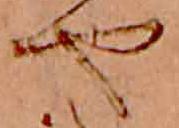
や